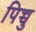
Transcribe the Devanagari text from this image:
पिच्चु